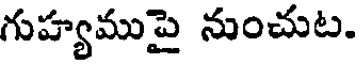
గుహ్యముపై నుంచుట.